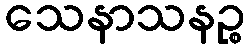
သေနာသနဉ္စ